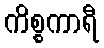
ကိစ္စကာရီ